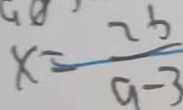
x = \frac { 2 b } { a - 3 }